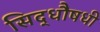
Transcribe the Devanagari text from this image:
सिद्धौषधी